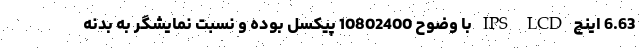
6.63 اینچ IPS LCD با وضوح 10802400 پیکسل بوده و نسبت نمایشگر به بدنه